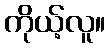
ကိုယ့်လူ။